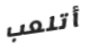
أتلعب